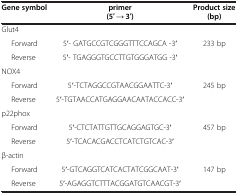
<table><thead><tr><td><b>Gene symbol</b></td><td><b>primer (5′ → 3′)</b></td><td><b>Product size (bp)</b></td></tr></thead><tbody><tr><td>Glut4</td><td> </td><td> </td></tr><tr><td>Forward</td><td>5′- GATGCCGTCGGGTTTCCAGCA -3′</td><td>233 bp</td></tr><tr><td>Reverse</td><td>5′- TGAGGGTGCCTTGTGGGATGG -3′</td><td> </td></tr><tr><td>NOX4</td><td> </td><td> </td></tr><tr><td>Forward</td><td>5′-TCTAGGCCGTAACGGAATTC-3′</td><td>245 bp</td></tr><tr><td>Reverse</td><td>5′-TGTAACCATGAGGAACAATACCACC-3′</td><td> </td></tr><tr><td>p22phox</td><td> </td><td> </td></tr><tr><td>Forward</td><td>5′-CTCTATTGTTGCAGGAGTGC-3′</td><td>457 bp</td></tr><tr><td>Reverse</td><td>5′-TCACACGACCTCATCTGTCAC-3′</td><td> </td></tr><tr><td>β-actin</td><td> </td><td> </td></tr><tr><td>Forward</td><td>5′-GTCAGGTCATCACTATCGGCAAT-3′</td><td>147 bp</td></tr><tr><td>Reverse</td><td>5′-AGAGGTCTTTACGGATGTCAACGT-3′</td><td> </td></tr></tbody></table>